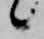
候